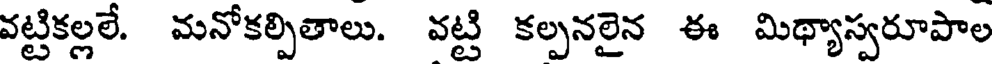
వట్టికల్లలే. మనోకల్పితాలు. వట్టి కల్పనలైన ఈ మిథ్యాస్వరూపాల